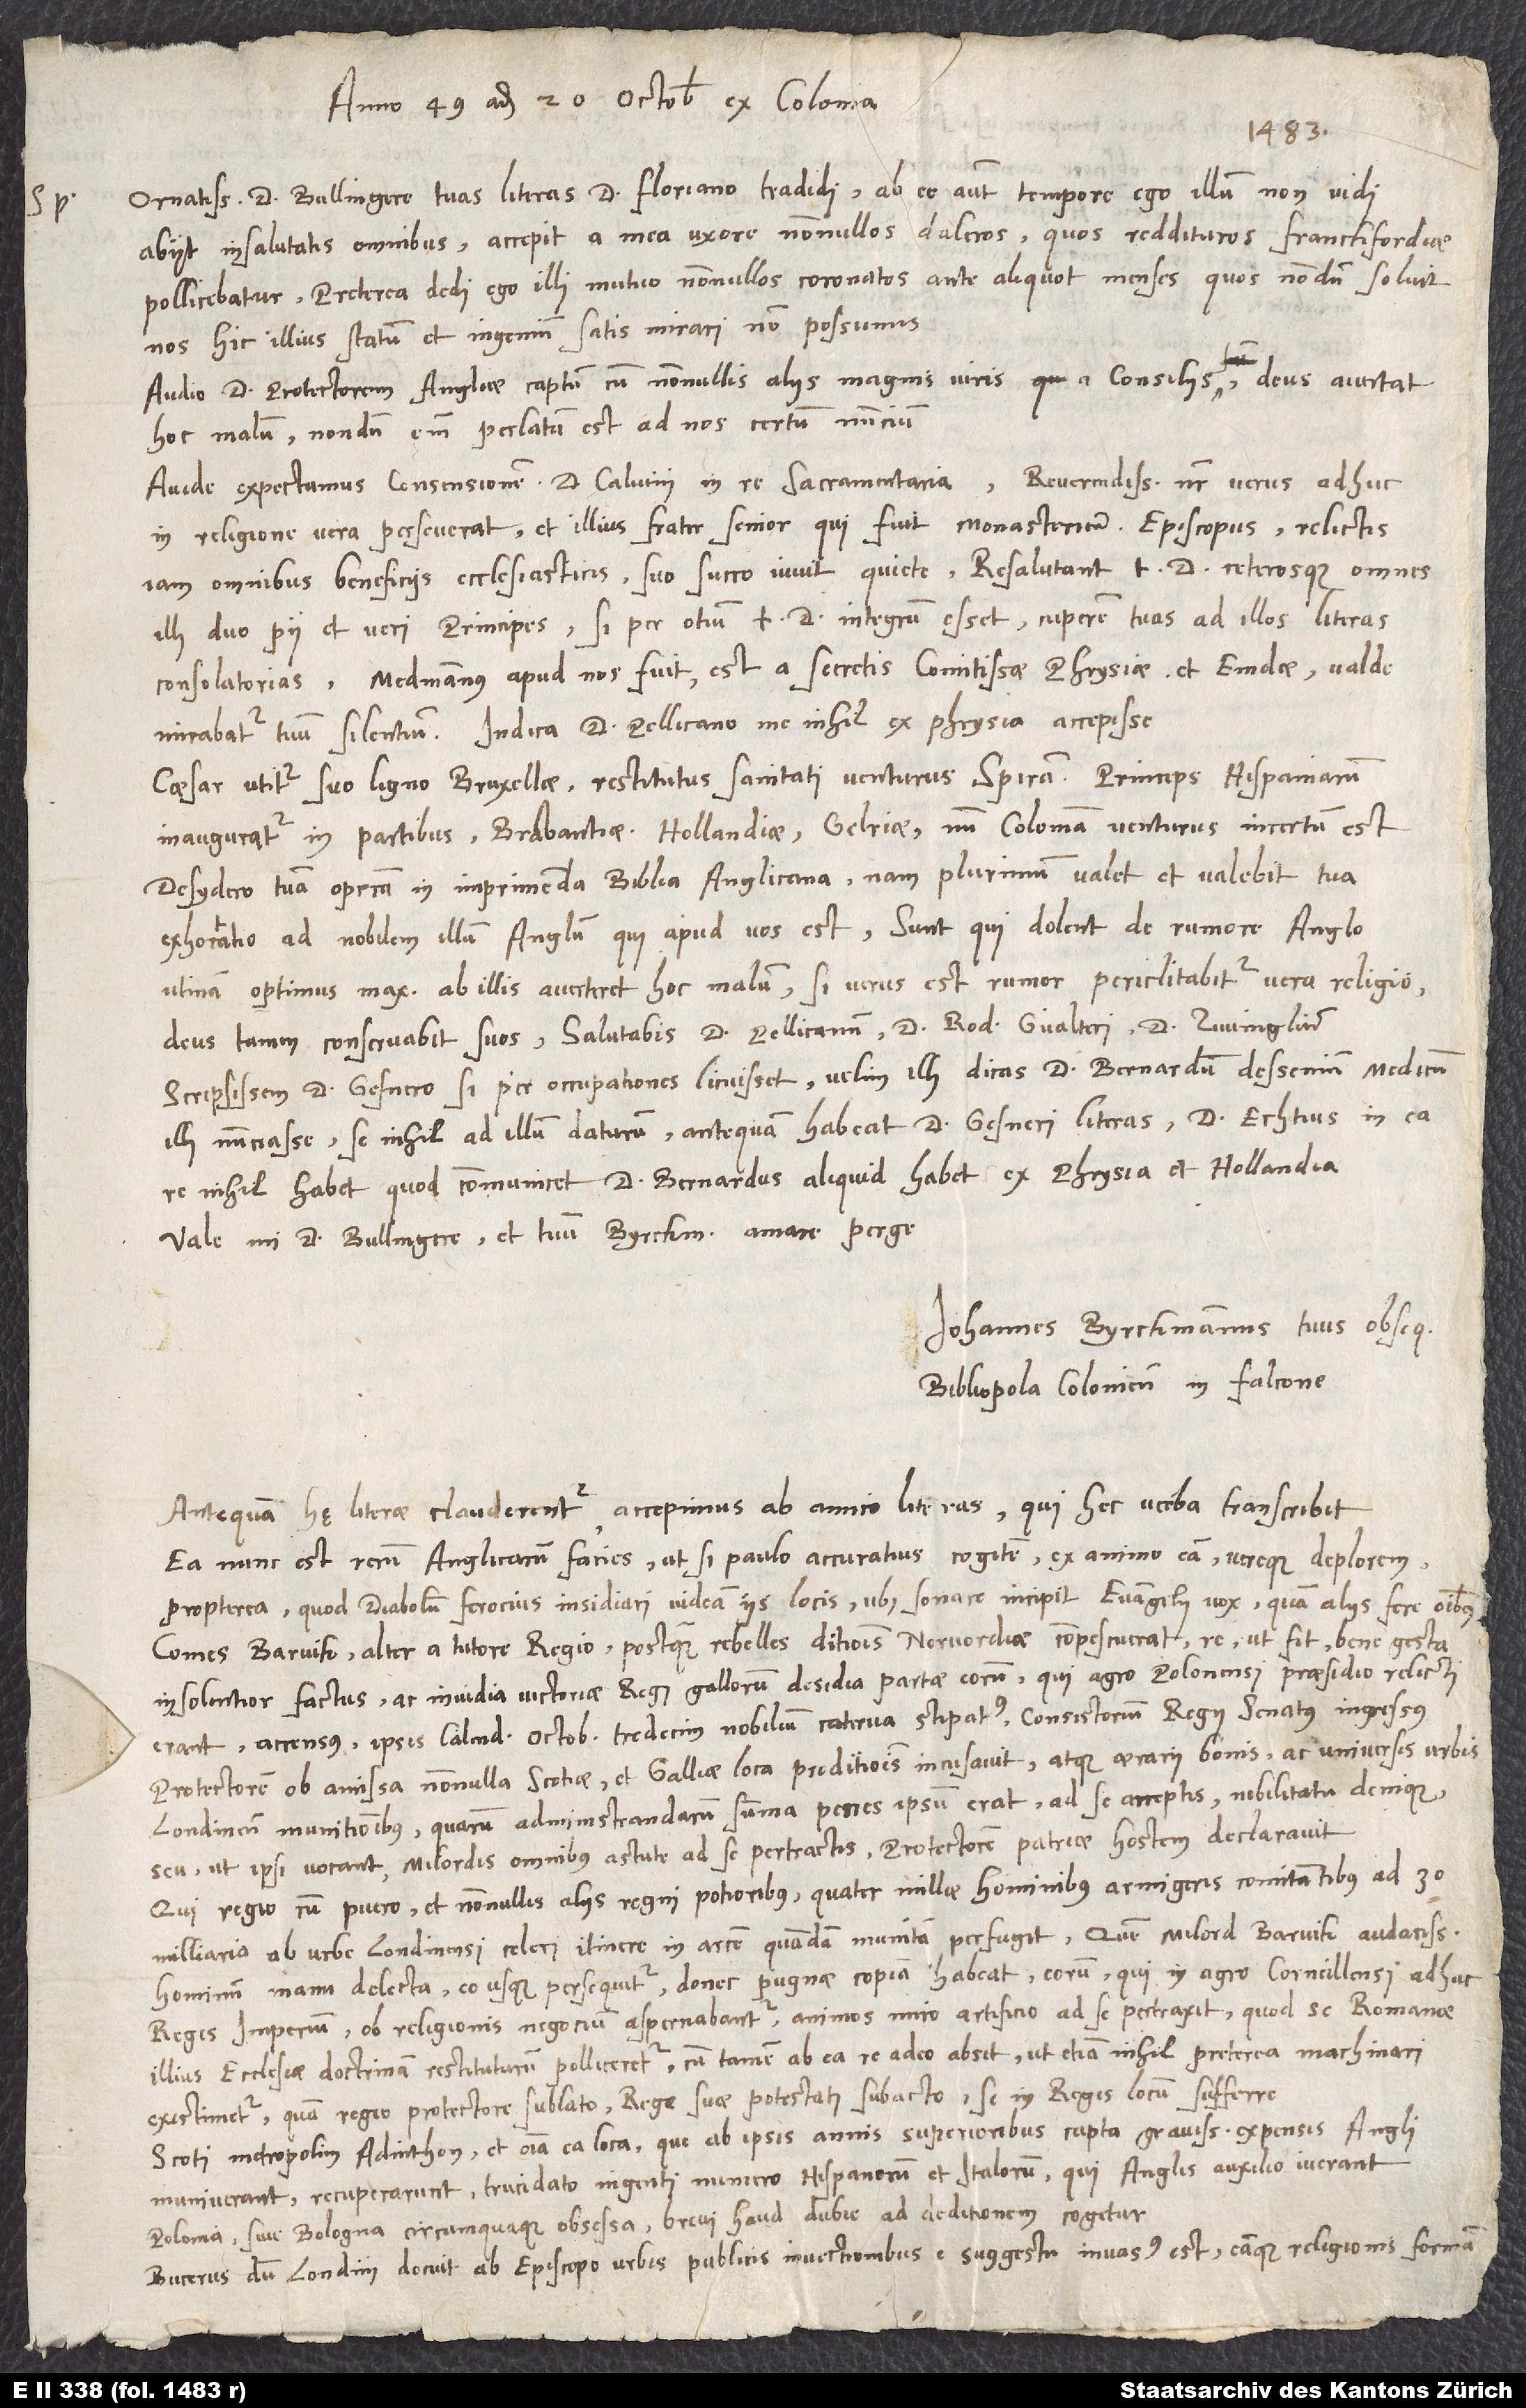
Anno 49 adj 20. octobris ex Colonia.
ornatissime Bullingere, tuas literas D. Floriano tradidi; ab eo autem tempore illum non vidi;
abiit insalutatis omnibus. Accepit a mea uxore nonnullos daleros, quos reddituros Franckfordiae
pollicebatur; preterea dedi ego illi mutuo nonnullos coronatos ante aliquot menses, quos nondum solvit;
nos hic illius statum et ingenium satis mirari non possumus.
Audio D. protectorem Angliae captum cum nonnullis aliis magnis viris a consiliis; deus avertat
hoc malum; nondum enim perlatum est ad nos certum nuncium.
Avide expectamus consensionem D. Calvini in re sacramentaria. Reverendissimus noster verus adhuc
in religione vera perseverat, et illius frater senior, qui fuit Monasteriensis episcopus, relictis
iam omnibus beneficiis ecclesiasticis suo succo vivit quiete. Resalutant tuam dominationem ceterosque omnes
illi duo pii et veri principes. Si per otium tuae dominationi integrum esset, cuperem tuas ad illos literas
consolatorias. Medmannus apud nos fuit; est a secretis comitissae Phrysiae et Emdae, valde
mirabatur tuum silentium. Indica D. Pellicano me nihil ex Phrysia accepisse.
Caesar utitur suo ligno Bruxellae restitutus sanitati venturus Spiram. Princeps Hispaniarum
inauguratur in partibus Brabantiae, Hollandiae, Gelriae; num Coloniam venturus, incertum est.
Desydero tuam operam in imprimenda Biblia Anglicana; nam plurimum valet et valebit tuae
exhortatio ad nobilem illum Anglum, qui apud vos est. Sunt, qui dolent de rumore Anglo.
Utinam optimus maximus ab illis averteret hoc malum. Si verus est rumor, periclitabitur vera religio;
Scripsissemus D. Gesnero, si per occupationes licuisset; velim, illi dicas D. Bernardum Dessenium medicum
illi nunciasse se nihil ad illum daturum, antequam habeat D. Gesneri literas; D. Echtius in ea
Vale, mi D. Bullingere et tuum Byrchmannum amare perge.
Iohannes Byrchmannus tuus obseq,
bibliopola Coleniensis in Falcone.
Antequam hę literae clauderentur, accepimus ab amico literas, qui hec verba transcribit:
"Ea nunc est rerum Anglicarum facies, ut, si paulo accuratius cogitem ex animo eam vereque deplorem
propterea, quod diabolum ferocius insidiari videam iis locis, ubi sonare incipit evangelii vox, quam aliis fere omnibus.
Comes Barvik, alter a tutore regio, postquam rebelles ditionis Norvordiae compescuerat, re, ut fit, bene gesta
insolentior factus ac invidia victoriae regis Gallorum desidia partae eorum, qui agro Polonensi praesidio relicti
erant, accensus ipsis calendis octobris tredecim nobilium caterva stipatus consistorium regii senatus ingressus
protectorem ob amissa nonnulla Scotiae et Galliae loca proditionis incusavit atque aerarii bonis ac universis urbis
Londinensis munitionibus, quarum administrandarum summa penes ipsum erat, ad se acceptis, nobilitatu denique
seu, ut ipsi vocant, milordis omnibus astute ad se pertractis protectorem patriae hostem declaravit.
Qui regio cum puero et nonnullis aliis regni potioribus quater millae hominibus armigeris comitantibus ad 30
hominum manu delecta eo usque per sequitur, donec pugnae copiam habeat; eorum, qui in agro Corneillensi adhuc
regis imperium ob religionis negocium aspernabantur, animos miro artificio ad se pertraxit, quod se Romanae
illius ecclesiae doctrinam restituturum polliceretur, cum tamen ab re adeo absit, ut etiam nihil preterea machinari
existimetur quam regio protectore sublato rege suae potestati subacto se in regis locum sufferre.
Scoti metropolin Adinthon et omnia ea loca, que ab ipsis annis superioribus capta gravissimis expensis Angli
muniverant, recuperarunt trucidato ingenti numero Hispanorum et Italorum, qui Anglis auxilio venerant.
Polonia sive Bologna circumquaque obsessa brevi haud dubie ad deditionem cogetur.
Bucerus dum Londini docuit, ab episcopo publicis invectionibus e suggestu invasus est eamque religionis formam,